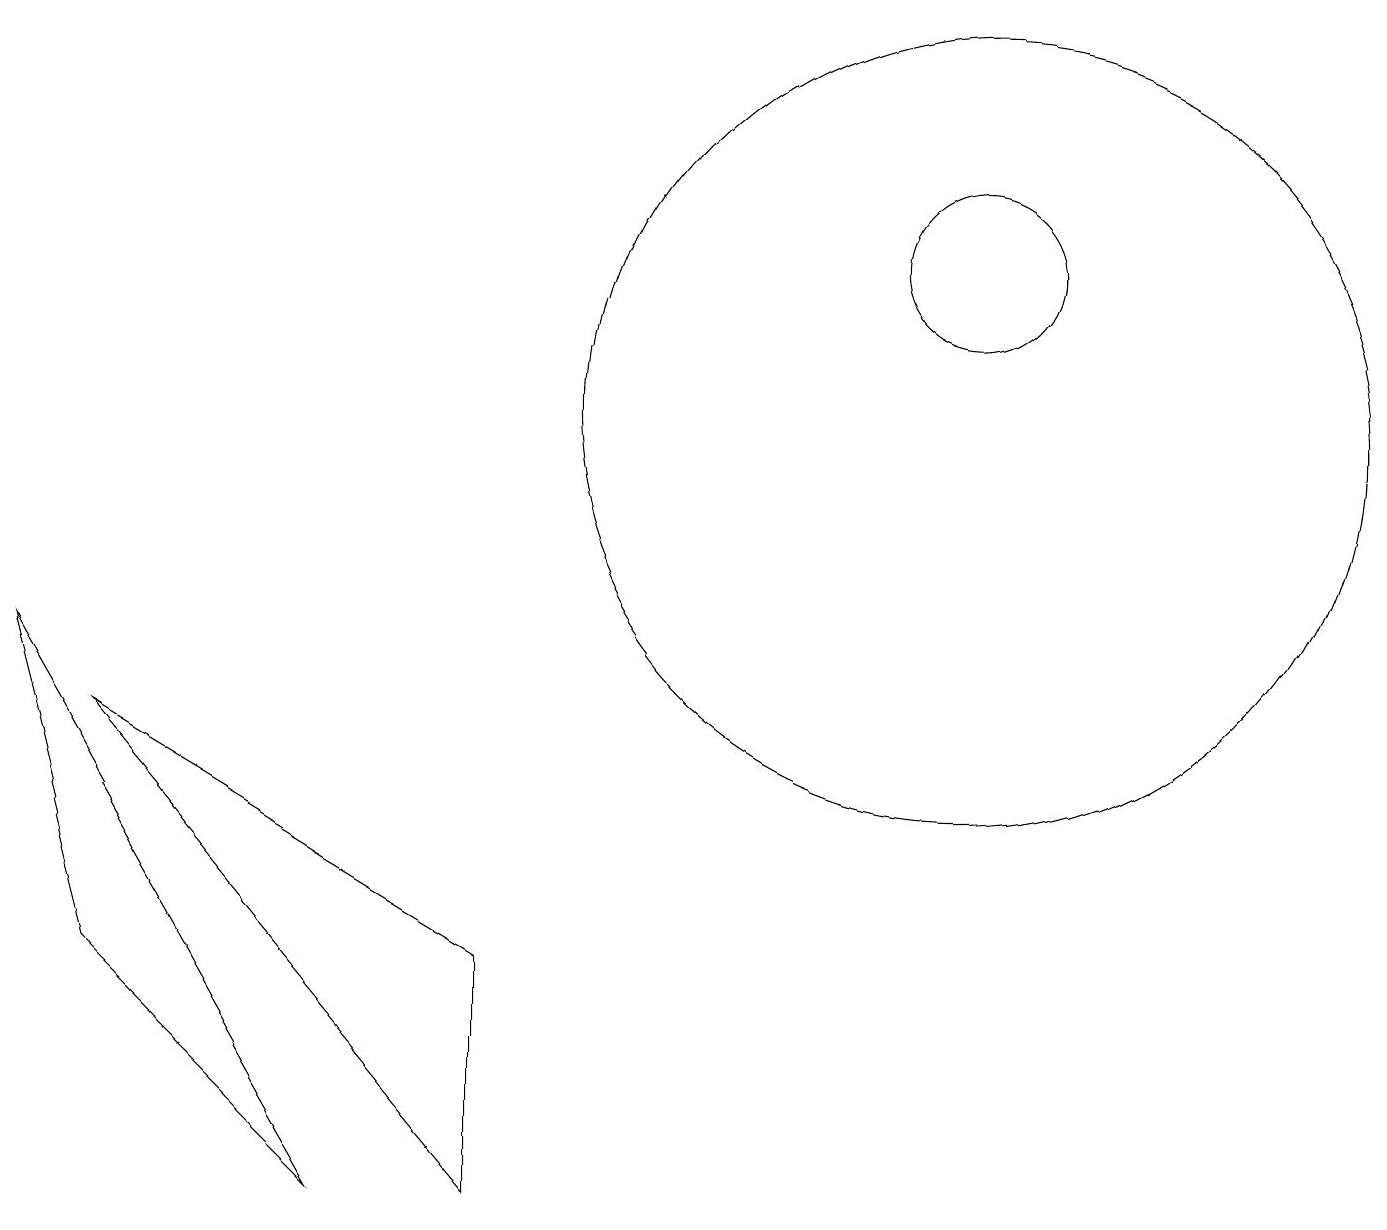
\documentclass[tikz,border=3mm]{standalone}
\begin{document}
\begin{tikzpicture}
\draw (12,10) circle (5);
\draw (4,0) -- (0,7) -- (1,3) -- cycle;
\draw (6,3) -- (6,0) -- (1,6) -- cycle;
\draw (12,12) circle (1);
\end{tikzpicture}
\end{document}